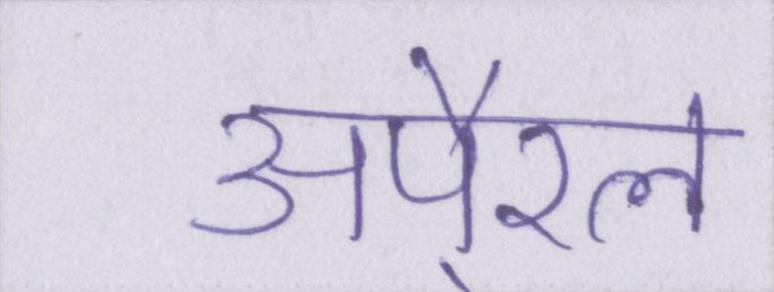
अपै्रल